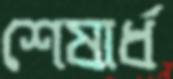
শেষার্ধ